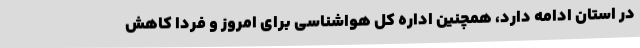
در استان ادامه دارد، همچنین اداره کل هواشناسی برای امروز و فردا کاهش